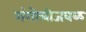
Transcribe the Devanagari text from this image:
गंगोत्रीजवळ